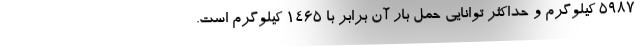
5987 کیلوگرم و حداکثر توانایی حمل بار آن برابر با 1465 کیلوگرم است.